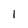
Character: I